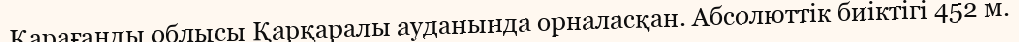
Қарағанды облысы Қарқаралы ауданында орналасқан. Абсолюттiк биіктігі 452 м.